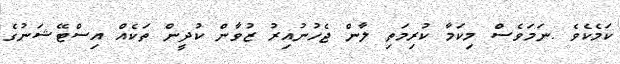
ކަމެކެވެ .ނަމަވެސް މިކަމާ ކުރިމަތި ލާން ޖެހުނުއިރު ޒުވާން ކުދީން ތަކެއް އިސްޓޭޝަނުގެ